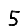
Digit: 5